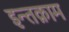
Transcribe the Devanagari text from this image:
इन्तक़ाम